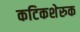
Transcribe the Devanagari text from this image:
कटिकशेरुक